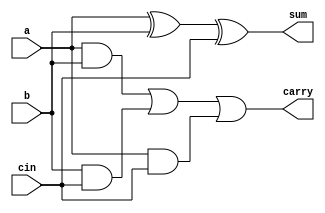
module AM_FullAdder
(
	input a, 
	input b,
	input cin,
	output sum,
	output carry
);

assign sum = (a ^ b ^ cin);
assign carry = (a & b) | (b & cin) | (a & cin);

endmodule